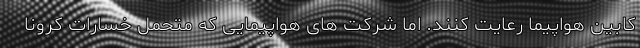
کابین هواپیما رعایت کنند. اما شرکت های هواپیمایی که متحمل خسارات کرونا